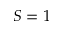
S = 1